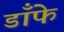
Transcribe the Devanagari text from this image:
डाँफे